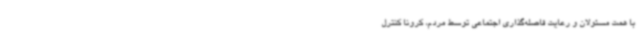
با همت مسئولان و رعایت فاصله‌گذاری اجتماعی توسط مردم، کرونا کنترل